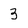
Character: 3